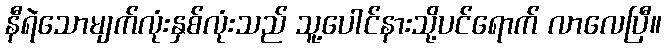
နီရဲသောမျက်လုံးနှစ်လုံးသည် သူ့ပေါင်နားသို့ပင်ရောက် လာလေပြီ။